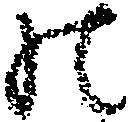
の